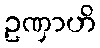
ဥဏှာဟိ